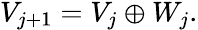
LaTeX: \begin{array}{r}{V_{j+1}=V_{j}\oplus W_{j}.}\end{array}